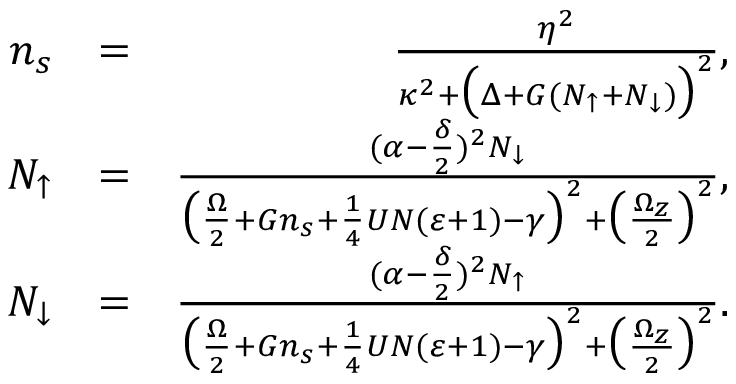
\begin{array} { r l r } { n _ { s } } & { = } & { \frac { \eta ^ { 2 } } { \kappa ^ { 2 } + \big ( \Delta + G ( N _ { \uparrow } + N _ { \downarrow } ) \big ) ^ { 2 } } , } \\ { N _ { \uparrow } } & { = } & { \frac { ( \alpha - \frac { \delta } { 2 } ) ^ { 2 } N _ { \downarrow } } { \big ( \frac { \Omega } { 2 } + G n _ { s } + \frac { 1 } { 4 } U N ( \varepsilon + 1 ) - \gamma \big ) ^ { 2 } + \big ( \frac { \Omega _ { z } } { 2 } \big ) ^ { 2 } } , } \\ { N _ { \downarrow } } & { = } & { \frac { ( \alpha - \frac { \delta } { 2 } ) ^ { 2 } N _ { \uparrow } } { \big ( \frac { \Omega } { 2 } + G n _ { s } + \frac { 1 } { 4 } U N ( \varepsilon + 1 ) - \gamma \big ) ^ { 2 } + \big ( \frac { \Omega _ { z } } { 2 } \big ) ^ { 2 } } . } \end{array}